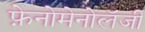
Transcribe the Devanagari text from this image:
फ़ेनोमेनोलॅजी